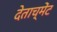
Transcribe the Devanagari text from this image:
देताच्मेंट